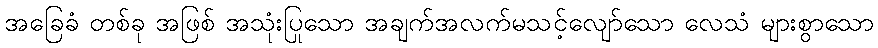
အခြေခံ တစ်ခု အဖြစ် အသုံးပြုသော အချက်အလက်မသင့်လျော်သော လေသံ များစွာသော